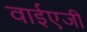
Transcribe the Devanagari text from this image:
वाईएजी